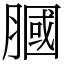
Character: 膕